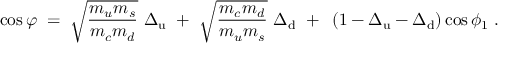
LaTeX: \cos \varphi \; = \; \sqrt { \frac { m _ { u } m _ { s } } { m _ { c } m _ { d } } } ~ \Delta _ { \mathrm { u } } ~ + ~ \sqrt { \frac { m _ { c } m _ { d } } { m _ { u } m _ { s } } } ~ \Delta _ { \mathrm { d } } ~ + ~ \left( 1 - \Delta _ { \mathrm { u } } - \Delta _ { \mathrm { d } } \right) \cos \phi _ { 1 } \; .